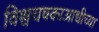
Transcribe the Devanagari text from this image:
विश्वचषकाआधीच्या